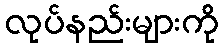
လုပ်နည်းများကို